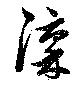
澟